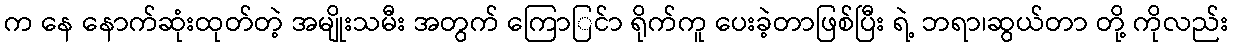
က နေ နောက်ဆုံးထုတ်တဲ့ အမျိုးသမီး အတွက် ကြောြင်ာ ရိုက်ကူ ပေးခဲ့တာဖြစ်ပြီး ရဲ့ ဘရာ၊ဆွယ်တာ တို့ ကိုလည်း